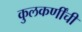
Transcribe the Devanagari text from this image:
कुलकर्णींची